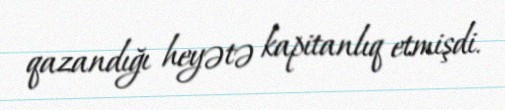
qazandığı heyətə kapitanlıq etmişdi.